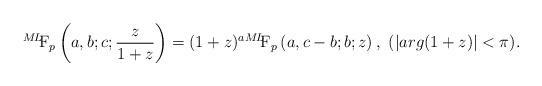
LaTeX: \begin{align*} {}^{M\!L\!\!}\textrm{F}_{p}\left(a,b;c;\frac{z}{1+z}\right)=(1+z)^{a}{}^{M\!L\!\!}\textrm{F}_{p}\left(a,c-b;b;z\right),\ (|arg(1+z)|<\pi).\end{align*}